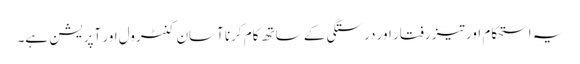
یہ استحکام اور تیز رفتار اور درستگی کے ساتھ کام کرنا آسان کنٹرول اور آپریشن ہے۔